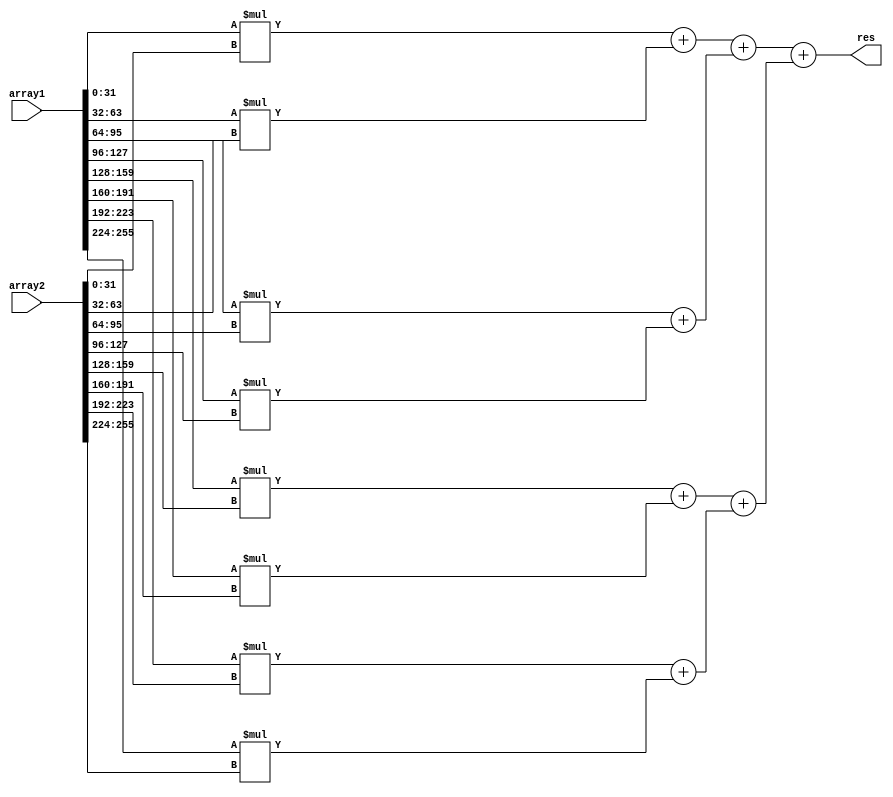
module array_mul8(
	input [255:0] array1,
	input [255:0] array2,
	output [31:0] res
);

wire [31:0] mul_0;
wire [31:0] mul_1;
wire [31:0] mul_2;
wire [31:0] mul_3;
wire [31:0] mul_4;
wire [31:0] mul_5;
wire [31:0] mul_6;
wire [31:0] mul_7;

wire [31:0] add_0;
wire [31:0] add_1;
wire [31:0] add_2;
wire [31:0] add_3;


wire [31:0] add_1_0;
wire [31:0] add_1_1;


assign mul_0 = array1[31:0]*array2[31:0];
assign mul_1 = array1[63:32]*array2[63:32];
assign mul_2 = array1[95:64]*array2[95:64];
assign mul_3 = array1[127:96]*array2[127:96];
assign mul_4 = array1[159:128]*array2[159:128];
assign mul_5 = array1[191:160]*array2[191:160];
assign mul_6 = array1[223:192]*array2[223:192];
assign mul_7 = array1[255:224]*array2[255:224];

assign add_0 = mul_0 + mul_1;
assign add_1 = mul_2 + mul_3;
assign add_2 = mul_4 + mul_5;
assign add_3 = mul_6 + mul_7;


assign add_1_0 = add_0 + add_1;
assign add_1_1 = add_2 + add_3;


assign res =  add_1_0 + add_1_1;

endmodule